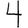
Digit: 4